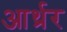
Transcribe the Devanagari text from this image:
आर्थ्रर